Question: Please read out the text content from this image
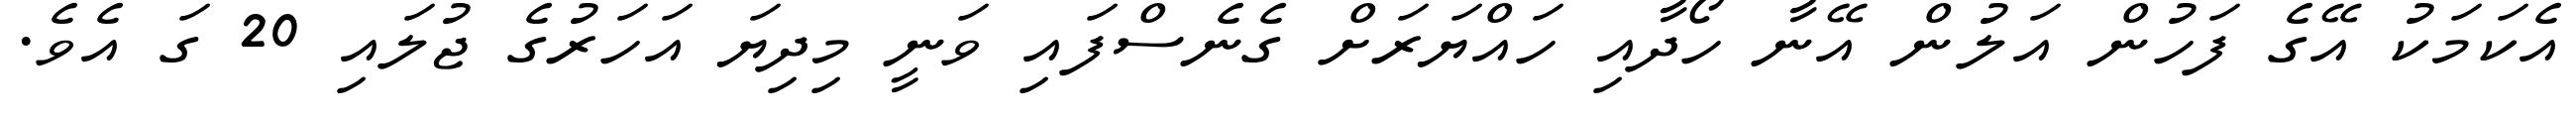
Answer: އެކަމަކު އޭގެ ފަހުން އަލުން އޭނާ ހޯދާއި ހައްޔަރަށް ގެނެސްފައި ވަނީ މިދިޔަ އަހަރުގެ ޖުލައި 20 ގަ އެވެ.